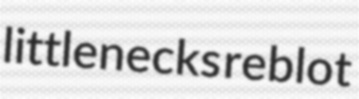
littlenecks reblot